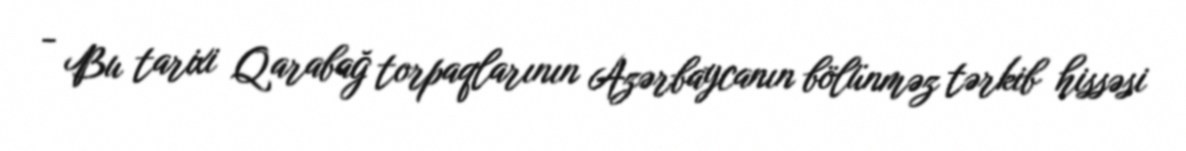
- Bu tarixi Qarabağ torpaqlarının Azərbaycanın bölünməz tərkib hissəsi